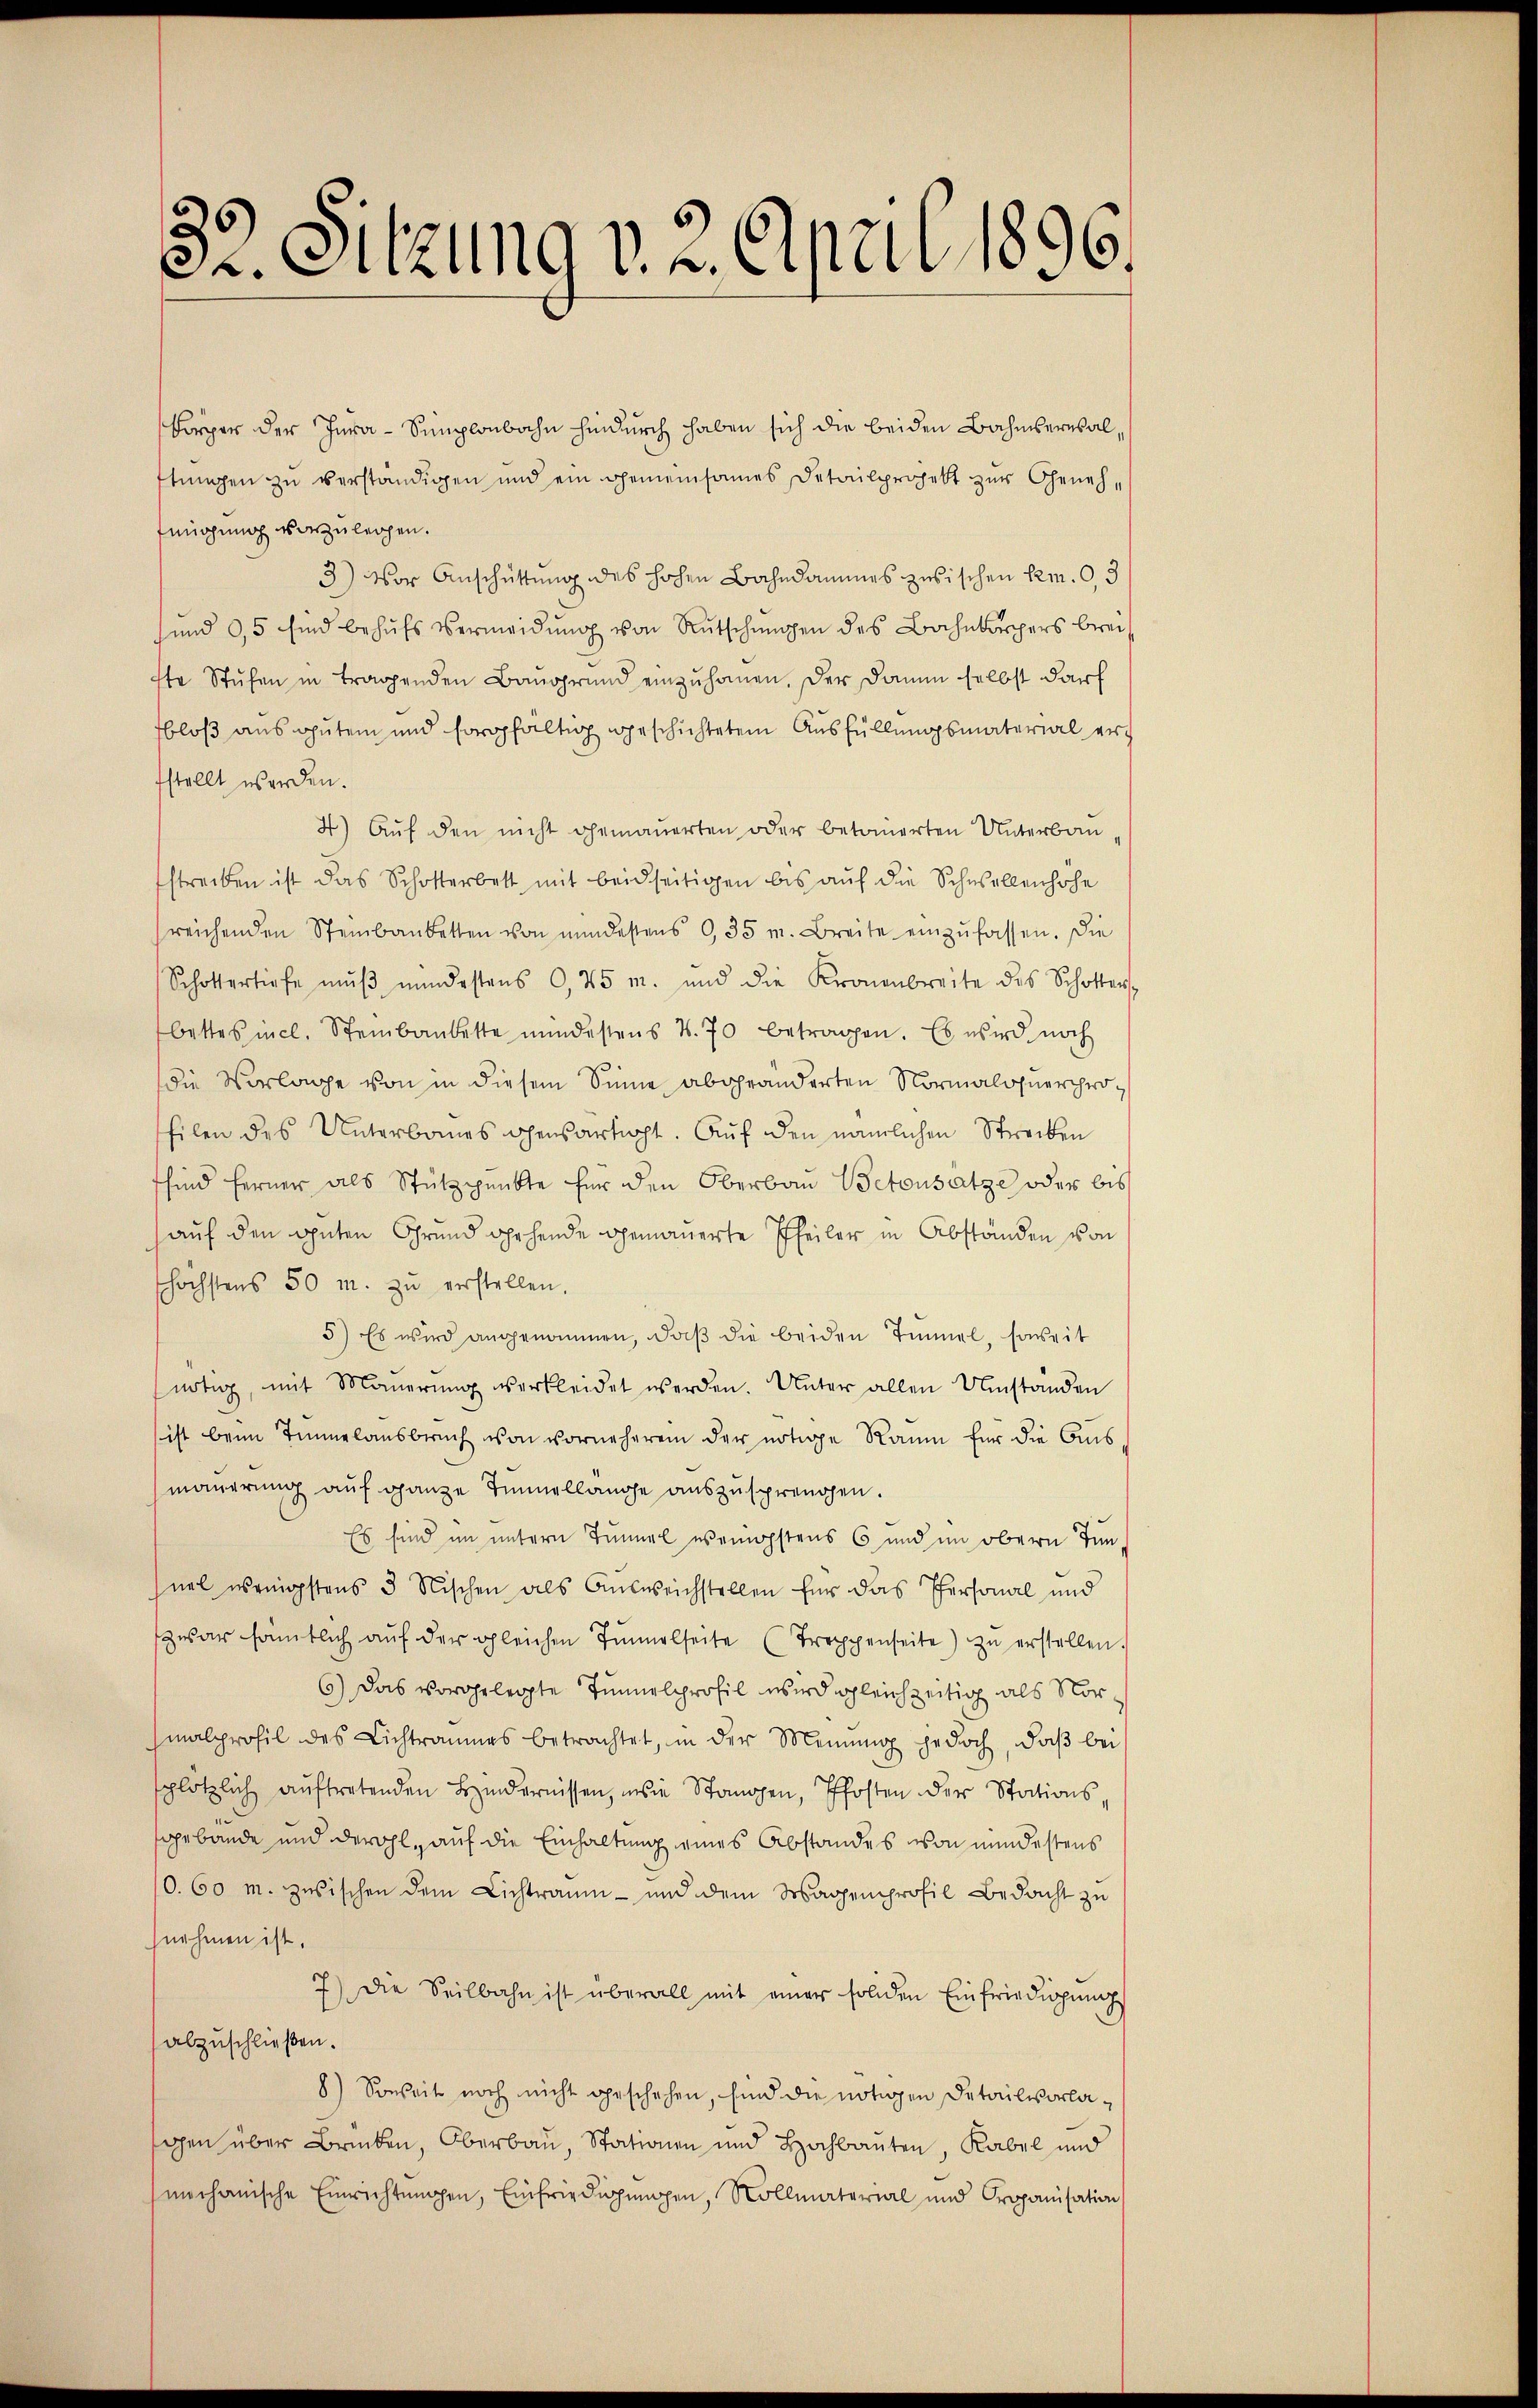
32. Sitzung v. 2. April 1896.

körper der Jura - Sumplonbahn hindurch haben sich die beiden Bahnberusalftungen zu verständigen und ein gemeinsames Detailprojekt zur Genehfeügung vorzuleihen.
3) Vor Anschüttung des hohen Bahndammes zwischen Rem. 0,3
sund 95 sind behŭfs Vermeidung von Rutschungen des Bahnbarers breis
fte Stufen in tragenden Baugrund einzuhauen. Der Damm selbst darf
bloß aus guten und sorgfaltig geschichtetem Ausfüllungsmaterial erfstellt werden.
4) Aŭf den nicht gemauerten oder betonierten Unterbau,
streiben ist das Schotterbett mit beidseitigen bis aŭf die Schwellenhofe
reichenden Steinbaubetten von mindestens 0,35 m. Breite einzŭfassen. Die
Schottertiefe mŭβ mindestens 0,45m. und die Kronenbreite des Schotters
bettes incl. Steinbaubette mindestens 4. 70 betragen. Es wird noch
die Vorlage von in diesem Sinne abgeänderten Normalohnerprohilen des Unterbanes ohensartigt. Aŭf den nämlichen Streiben
sind ferner als Stützpunkte für den Oberbau Betonsatze oder bis
auf den guten Grund gehende gemauerte Theiler in Abständen von
höchstens 50 m. zŭ verstellen.
5) Es wird angenommen, daβ die beiden Timmel, sonseit
nötig, mit Maŭerŭng verkleidet werden. Unter allen Umstanden
ist beim Tunnelausbruch von vorneheren der nötige Raum für die Aus
mauerung auf ganze Tunnellange auszusprengen.
Es sind im untern Timel wenigstens 6 und im obern Jun
nel wenigstens 3 Nischen als Aŭsweichstellen für das Personal und
zwar sämtlich aŭf der gleichen Tunnelseite (Treppenseite) zŭ erstellen.
6) Das vorgelegte Tunnelprofil wird gleichzeitig als Vormalprofil des Lichtraumes betrachtet, in der Meinung jedoch, daß bei
plötzlich aŭftretenden Hindernissen, wie Stangen, Pfosten der Stations
gebäude und derohl, auf die Einhaltung eines Abstandes von mindestens
/0.60 m. zwischen dem Lichtraum- und dem Wagenprofil Bedacht zu
nehmen ist.
7) Die Seilbahn ist überall mit einer soliden Einfriedigŭng
abzuschließen.
8) Soweit noch nicht geschehen, sind die nötigen Detailvorlagen über Brücken, Oberbau, Stationen und Hochbauten, Kabel und
mechanische Einrichtungen, Einfriedigungen, Rollmaterial und Organisation